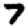
Digit: 7